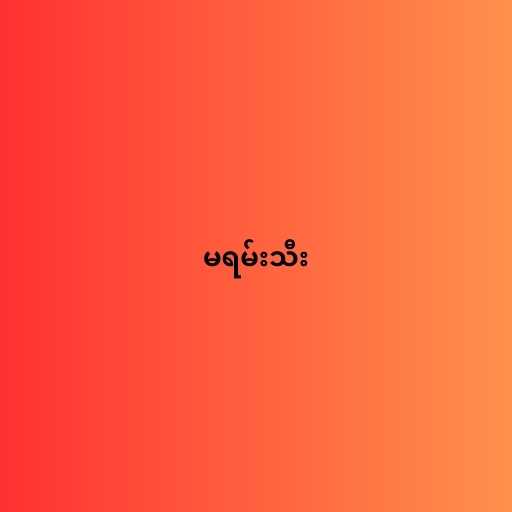
မရမ်းသီး